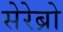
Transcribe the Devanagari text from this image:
सेरेब्रो